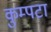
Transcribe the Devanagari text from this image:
कुम्पटा